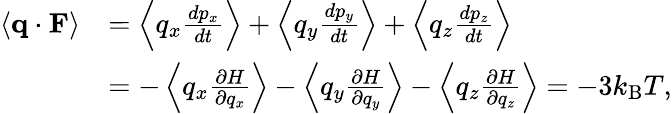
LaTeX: {\begin{array}{rl}{\langle\mathbf{q}\cdot\mathbf{F}\rangle}&{=\left\langle q_{x}{\frac{dp_{x}}{dt}}\right\rangle+\left\langle q_{y}{\frac{dp_{y}}{dt}}\right\rangle+\left\langle q_{z}{\frac{dp_{z}}{dt}}\right\rangle}\\ &{=-\left\langle q_{x}{\frac{\partial H}{\partial q_{x}}}\right\rangle-\left\langle q_{y}{\frac{\partial H}{\partial q_{y}}}\right\rangle-\left\langle q_{z}{\frac{\partial H}{\partial q_{z}}}\right\rangle=-3k_{\mathrm{B}}T,}\end{array}}